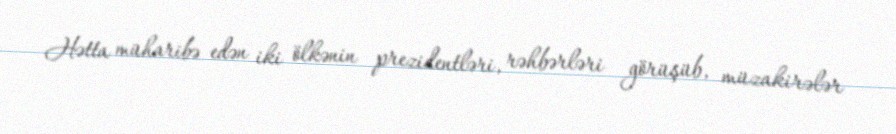
Hətta müharibə edən iki ölkənin prezidentləri, rəhbərləri görüşüb, müzakirələr